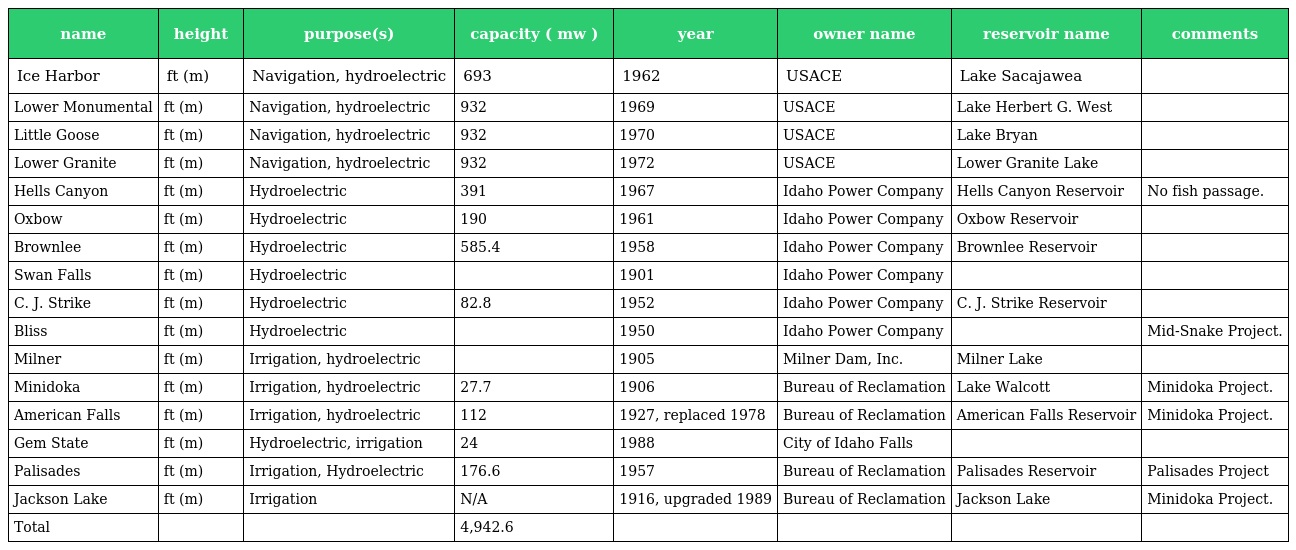
| name | height | purpose(s) | capacity ( mw ) | year | owner name | reservoir name | comments |
 | --- | --- | --- | --- | --- | --- | --- | --- |
 | Ice Harbor | ft (m) | Navigation, hydroelectric | 693 | 1962 | USACE | Lake Sacajawea |  |
 | Lower Monumental | ft (m) | Navigation, hydroelectric | 932 | 1969 | USACE | Lake Herbert G. West |  |
 | Little Goose | ft (m) | Navigation, hydroelectric | 932 | 1970 | USACE | Lake Bryan |  |
 | Lower Granite | ft (m) | Navigation, hydroelectric | 932 | 1972 | USACE | Lower Granite Lake |  |
 | Hells Canyon | ft (m) | Hydroelectric | 391 | 1967 | Idaho Power Company | Hells Canyon Reservoir | No fish passage. |
 | Oxbow | ft (m) | Hydroelectric | 190 | 1961 | Idaho Power Company | Oxbow Reservoir |  |
 | Brownlee | ft (m) | Hydroelectric | 585.4 | 1958 | Idaho Power Company | Brownlee Reservoir |  |
 | Swan Falls | ft (m) | Hydroelectric |  | 1901 | Idaho Power Company |  |  |
 | C. J. Strike | ft (m) | Hydroelectric | 82.8 | 1952 | Idaho Power Company | C. J. Strike Reservoir |  |
 | Bliss | ft (m) | Hydroelectric |  | 1950 | Idaho Power Company |  | Mid-Snake Project. |
 | Milner | ft (m) | Irrigation, hydroelectric |  | 1905 | Milner Dam, Inc. | Milner Lake |  |
 | Minidoka | ft (m) | Irrigation, hydroelectric | 27.7 | 1906 | Bureau of Reclamation | Lake Walcott | Minidoka Project. |
 | American Falls | ft (m) | Irrigation, hydroelectric | 112 | 1927, replaced 1978 | Bureau of Reclamation | American Falls Reservoir | Minidoka Project. |
 | Gem State | ft (m) | Hydroelectric, irrigation | 24 | 1988 | City of Idaho Falls |  |  |
 | Palisades | ft (m) | Irrigation, Hydroelectric | 176.6 | 1957 | Bureau of Reclamation | Palisades Reservoir | Palisades Project |
 | Jackson Lake | ft (m) | Irrigation | N/A | 1916, upgraded 1989 | Bureau of Reclamation | Jackson Lake | Minidoka Project. |
 | Total |  |  | 4,942.6 |  |  |  |  |